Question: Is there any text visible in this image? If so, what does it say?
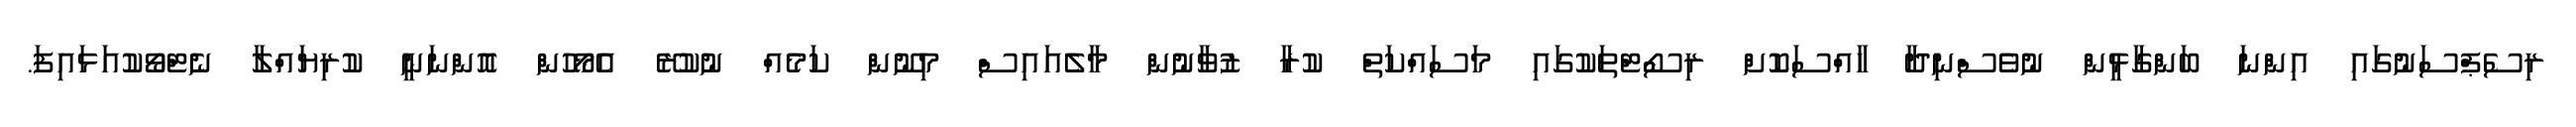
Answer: ރިސެޕްސަނުގައި އިންނަ ބަންގާޅީން ނުވެސްނިދާ ހާއްސަކޮށް ރިސޯޓްތަކުގައި މަސައްކަތް ކުރާ ޒުވާނުން މާލެއައިސް މިނޫން ކަމެއް ނުކުރޭ އެމޯހުން އޮންނަނީ ކުރިޔައްލާ ނެޓްވޯކުއަޅައިފަ.